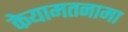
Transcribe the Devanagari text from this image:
केयामतनामा